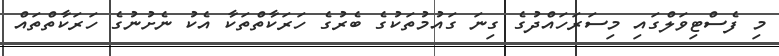
މި ފެސްޓިވަލްގައި މިސަރަހައްދުގެ ގިނަ ގައުމުތަކުގެ ބެރުގެ ހަރަކާތްތަކާ އެކު ނެށުނުގެ ހަރަކާތްތައް